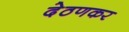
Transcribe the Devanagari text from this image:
देठणकर